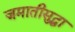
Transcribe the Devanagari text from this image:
जमातीसुद्धा